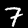
Digit: 7